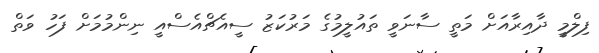
ފިލްމީ ދާއިރާއަށް މަތީ ސާނަވީ ތައުލީމުގެ މަރުކަޒު ސީއެޗްއެސްއީ ނިންމުމަށް ފަހު ވަތް